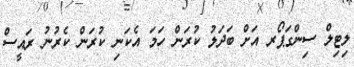
ލިޓިލް ސިންގަޕޯރ އަށް ބަދަލު ކުރަން ހަމަ އެކަނި ކުރަން ކެރުނު ރައީސް